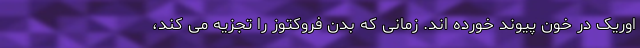
اوریک در خون پیوند خورده اند. زمانی که بدن فروکتوز را تجزیه می کند،